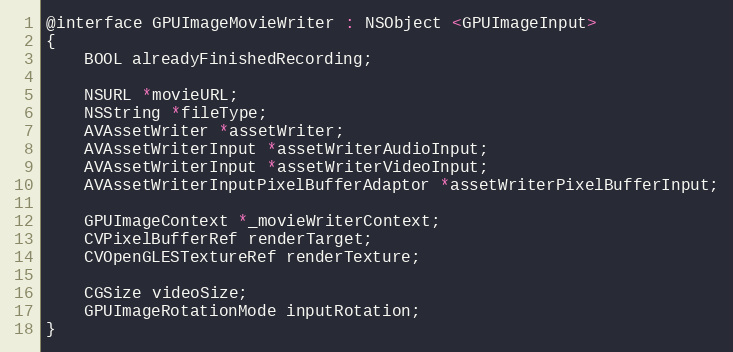
Language: C
@interface GPUImageMovieWriter : NSObject <GPUImageInput>
{
    BOOL alreadyFinishedRecording;

    NSURL *movieURL;
    NSString *fileType;
	AVAssetWriter *assetWriter;
	AVAssetWriterInput *assetWriterAudioInput;
	AVAssetWriterInput *assetWriterVideoInput;
    AVAssetWriterInputPixelBufferAdaptor *assetWriterPixelBufferInput;

    GPUImageContext *_movieWriterContext;
    CVPixelBufferRef renderTarget;
    CVOpenGLESTextureRef renderTexture;

    CGSize videoSize;
    GPUImageRotationMode inputRotation;
}